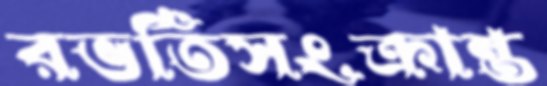
রভর্তিসংক্রান্ত